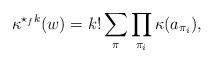
LaTeX: \begin{align*}\kappa^{\star_f k}(w) = k! \sum_{\pi}\prod_{\pi_i} \kappa(a_{\pi_i}),\end{align*}